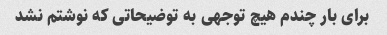
برای بار چندم هیچ توجهی به توضیحاتی که نوشتم نشد